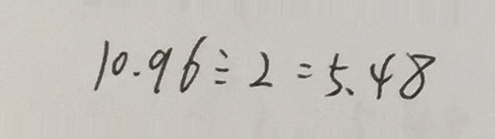
1 0 . 9 6 \div 2 = 5 . 4 8